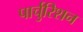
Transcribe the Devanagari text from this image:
पार्चुरिशन